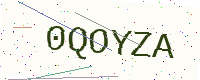
Text: 0QOYZA